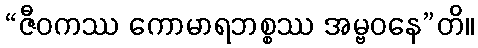
“ဇီဝကဿ ကောမာရဘစ္စဿ အမ္ဗဝနေ”တိ။